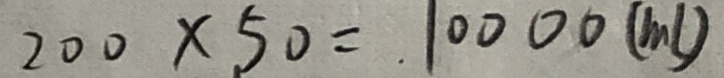
2 0 0 \times 5 0 = 1 0 0 0 0 ( m l )